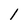
Character: l